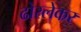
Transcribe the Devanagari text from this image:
ढोरलेकर